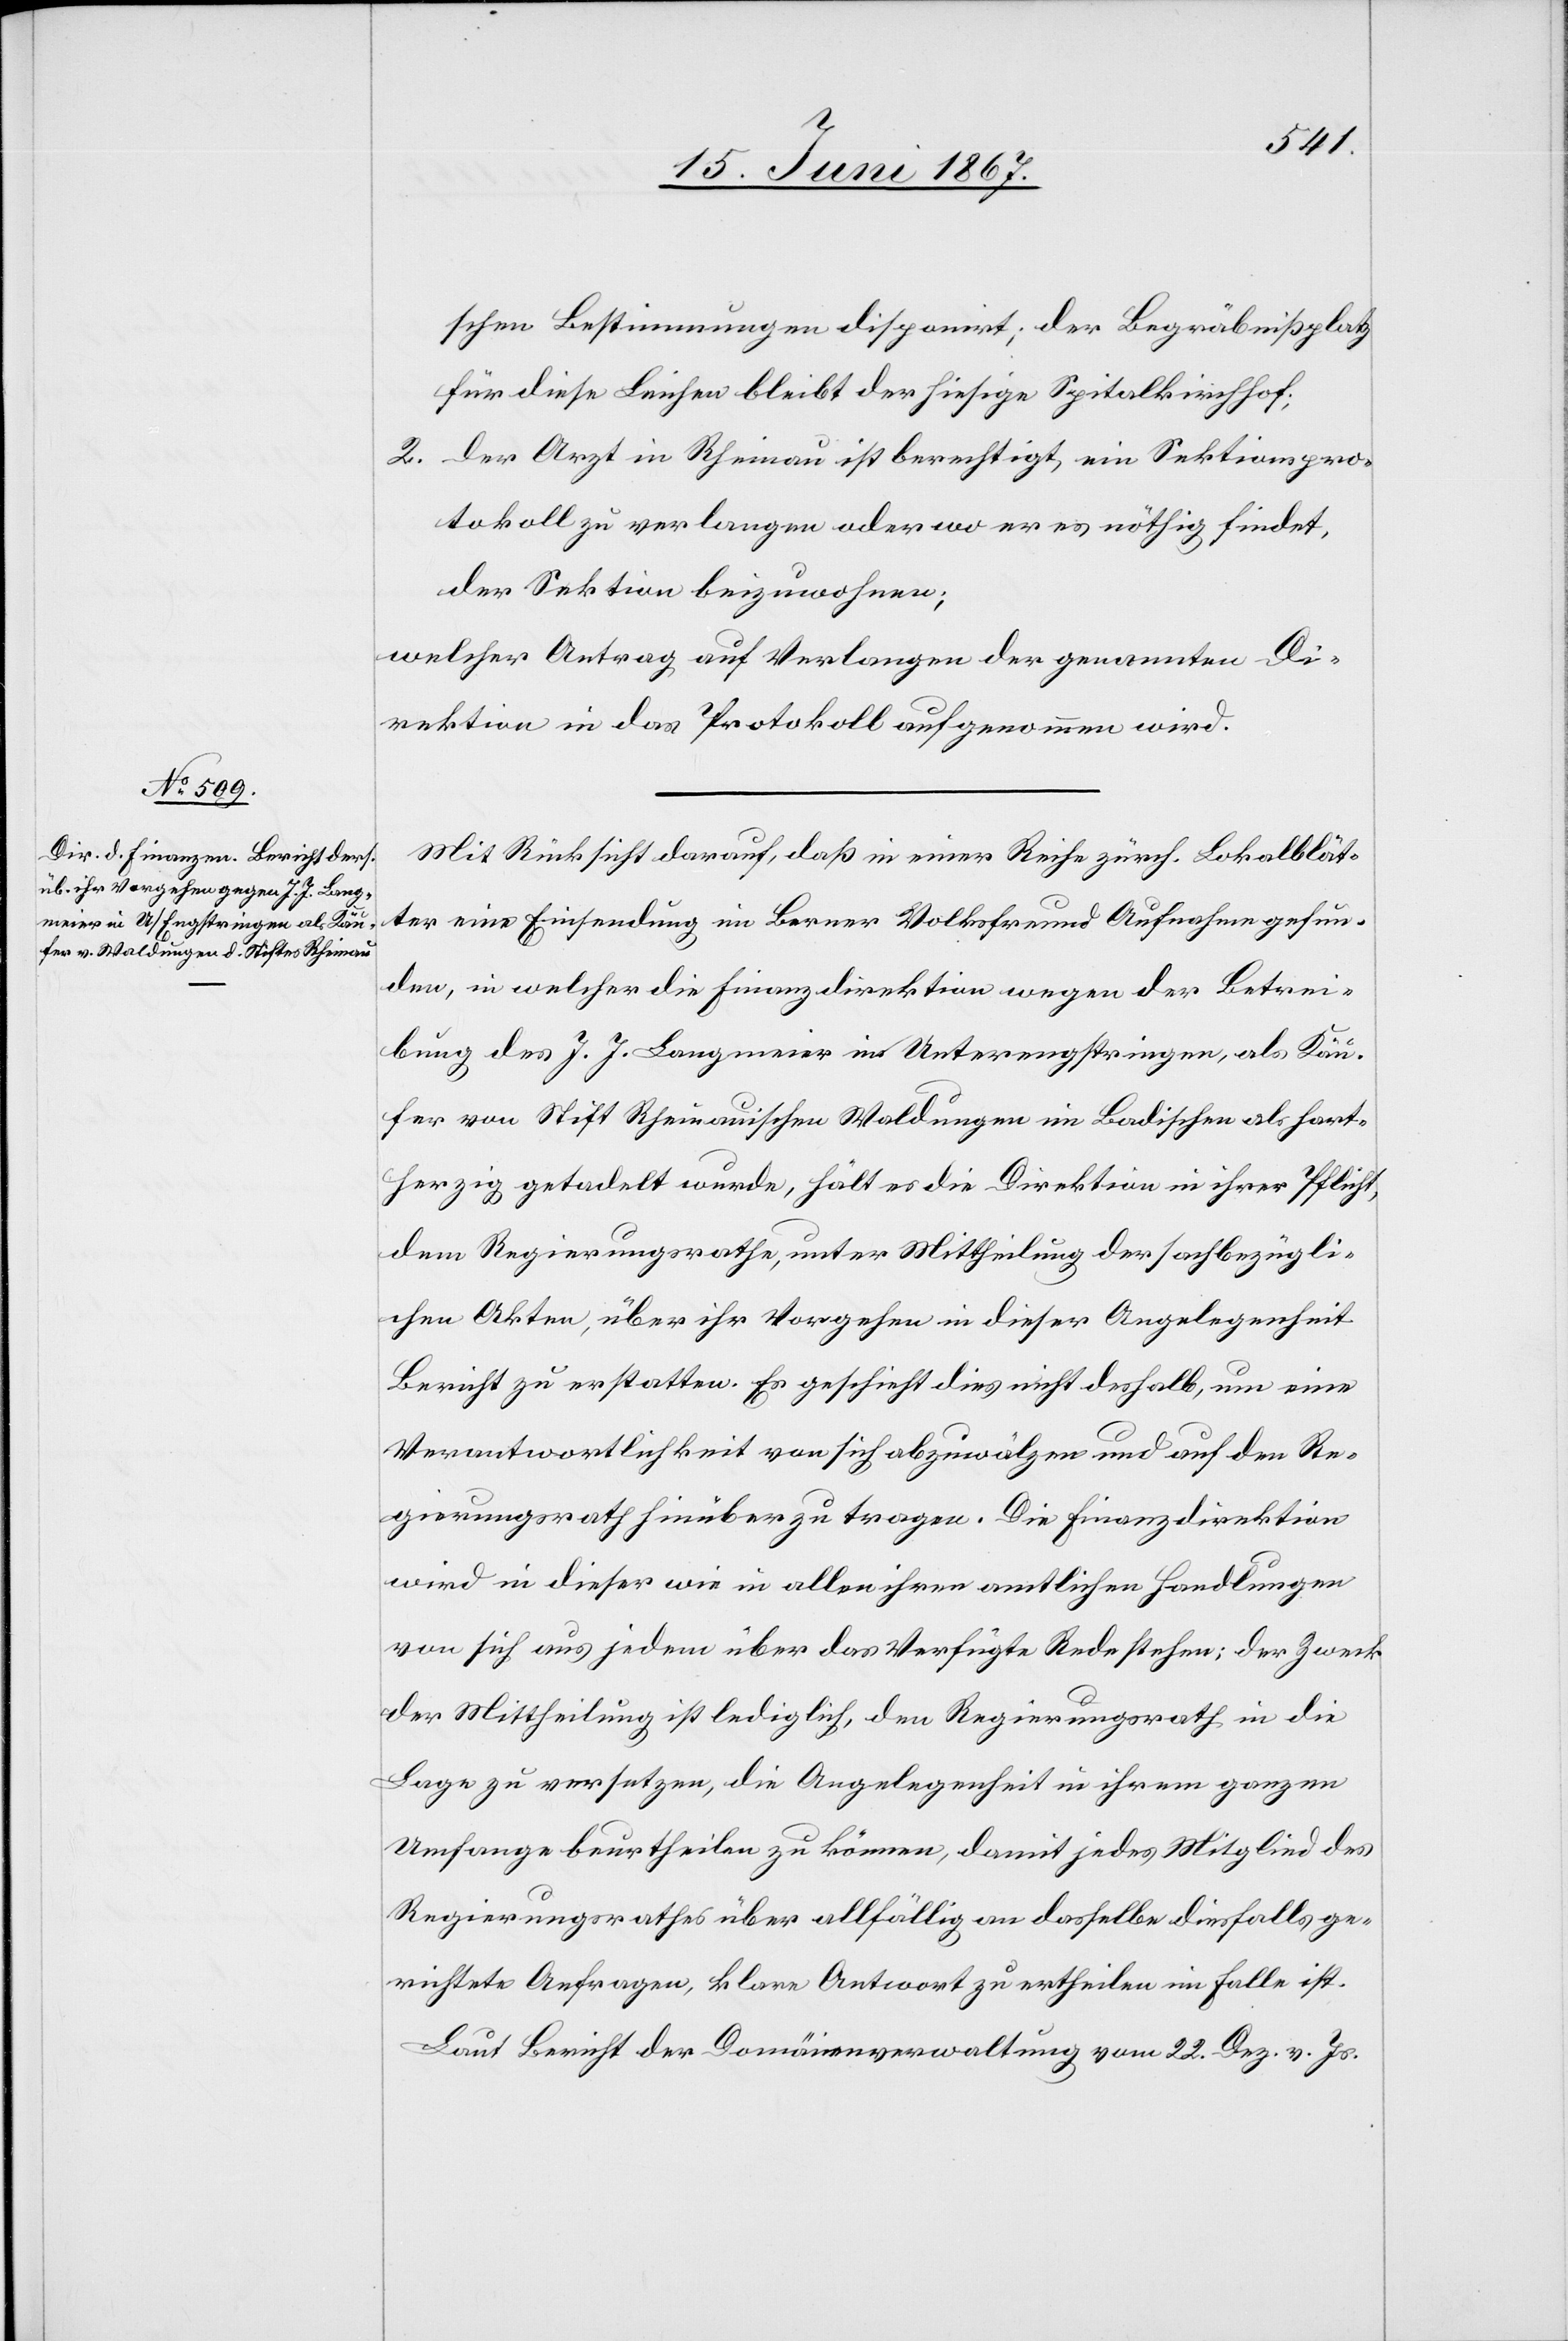
schen Bestimmungen disponirt; der Begräbnißplatz
für diese Leichen bleibt der hiesige Spitalkirchhof.
2. Der Arzt in Rheinau ist berechtigt, ein Sektionspro¬
tokoll zu verlangen oder wo er es nöthig findet,
der Sektion beizuwohnen;
welcher Antrag auf Verlangen der genannten Di¬
rektion in das Protokoll aufgenommen wird.
Mit Rücksicht darauf, daß in einer Reihe zürch. Lokalität¬
en eine Einsendung im Berner Volksfreund Aufnahme gefun¬
den, in welcher die Finanzdirektion wegen der Betrei¬
bung des J. J. Langmeier in Unterengstringen, als Käu¬
fer von Stift Rheinauischen Waldungen im Badischen als hart¬
herzig getadelt wurde, hält es die Direktion in ihrer Pflicht,
dem Regierungsrathe, unter Mittheilung der sachbezügli¬
chen Akten, über ihr Vorgehen in dieser Angelegenheit
Bericht zu erstatten. Es geschieht dies nicht deshalb, um eine
Verantwortlichkeit von sich abzuwälzen und auf den Re¬
gierungsrath hinüber zu tragen. Die Finanzdirektion
wird in dieser wie in allen ihren amtlichen Handlungen
von sich aus jedem über das Verfügte Rede stehen; der Zweck
der Mittheilung ist lediglich, den Regierungsrath in die
Lage zu versetzen, die Angelegenheit in ihrem ganzen
Umfange beurtheilen zu können, damit jedes Mitglied des
Regierungsrathes über allfällig an dasselbe diesfalls ge¬
richtete Anfragen, klare Antwort zu ertheilen im Falle ist.
Laut Bericht der Domänenverwaltung vom 22. Dez. v. Js.